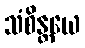
သံစိန္တယေ